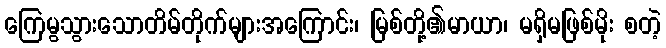
ကြေမွသွားသောတိမ်တိုက်များအကြောင်း၊ မြစ်တို့၏မာယာ၊ မရှိမဖြစ်မိုး စတဲ့